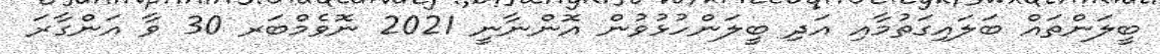
ބީލަންތައް ބަލައިގަތުމާއި އަދި ބީލަންހުޅުވުން އޮންނާނީ 2021 ނޮވެމްބަރ 30 ވާ އަންގާރަ